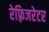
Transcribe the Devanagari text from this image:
रेफ़्रिजरेटर